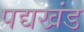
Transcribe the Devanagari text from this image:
पद्यखंड